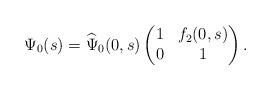
LaTeX: \begin{align*}\Psi_0(s)=\widehat\Psi_0(0,s)\begin{pmatrix}1&f_2(0,s)\\0&1\end{pmatrix}.\end{align*}